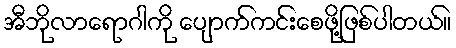
အီဘိုလာရောဂါကို ပျောက်ကင်းစေဖို့ဖြစ်ပါတယ်။